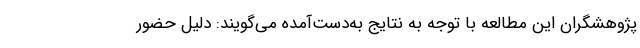
پژوهشگران این مطالعه با توجه به نتایج به‌دست‌آمده می‌گویند: دلیل حضور